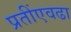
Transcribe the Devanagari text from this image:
प्रतींएवढा